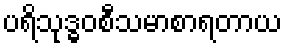
ပရိသုဒ္ဓဝစီသမာစာရတာယ